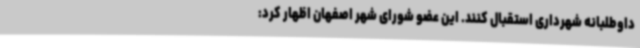
داوطلبانه شهرداری استقبال کنند. این عضو شورای شهر اصفهان اظهار کرد: